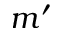
m ^ { \prime }